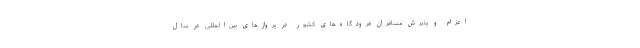
اعزام و پذیرش مسافران فرودگاه‌های کشور در پروازهای بین‌المللی در سال